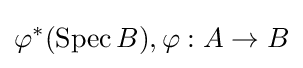
\varphi ^{*}(\operatorname {Spec} B),\varphi :A\to B